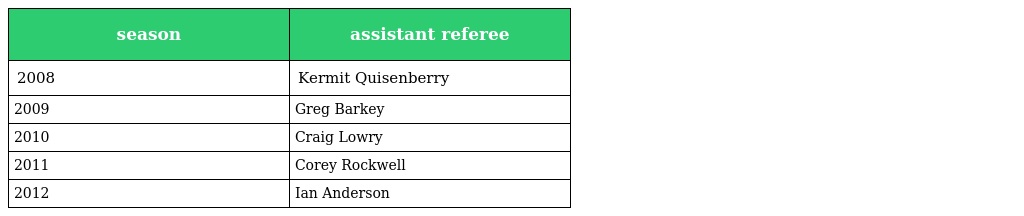
| season | assistant referee |
 | --- | --- |
 | 2008 | Kermit Quisenberry |
 | 2009 | Greg Barkey |
 | 2010 | Craig Lowry |
 | 2011 | Corey Rockwell |
 | 2012 | Ian Anderson |